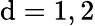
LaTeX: \mathrm{d}=1,2